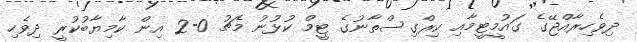
ދިވެހިރާއްޖޭގެ ގައުމީޓީމާއި ކިރްގިސްތާނުގެ ޓީމް ކުޅުނު މެޗު 0-2 އިން ކާމިޔާބުކުރީ ދިވެހި